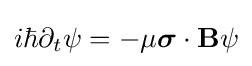
i\hbar \partial _{t}\psi =-\mu {\boldsymbol {\sigma }}\cdot \mathbf {B} \psi